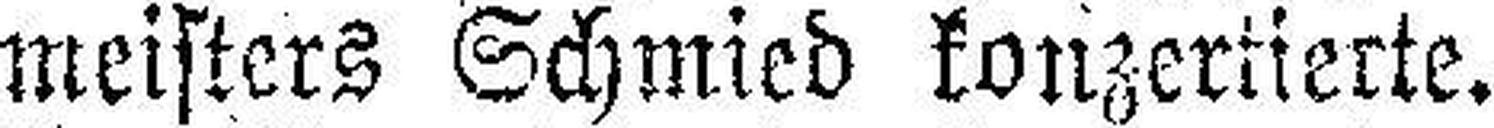
meisters Schmied konzertierte.